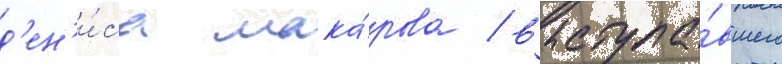
д'ен'и́са мака́рова / выступа́вшего